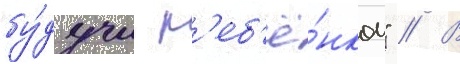
бу́дучи р'еб'ё́нком" // В